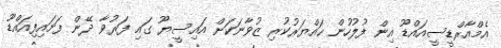
އެމްއާރްޑީސީއައްޑޫ އިން ފުލުހުން ހައްޔަރުކުރި ޒުވާނަކަށް އައިސީޔޫ ގައި ފަރުވާ ދޭން ފަށައިފިއައްޑޫ